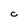
Character: C